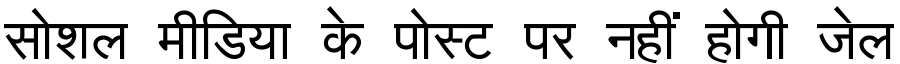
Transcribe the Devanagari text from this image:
सोशल मीडिया के पोस्ट पर नहीं होगी जेल